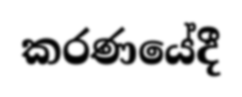
කරණයේදී